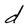
Character: d